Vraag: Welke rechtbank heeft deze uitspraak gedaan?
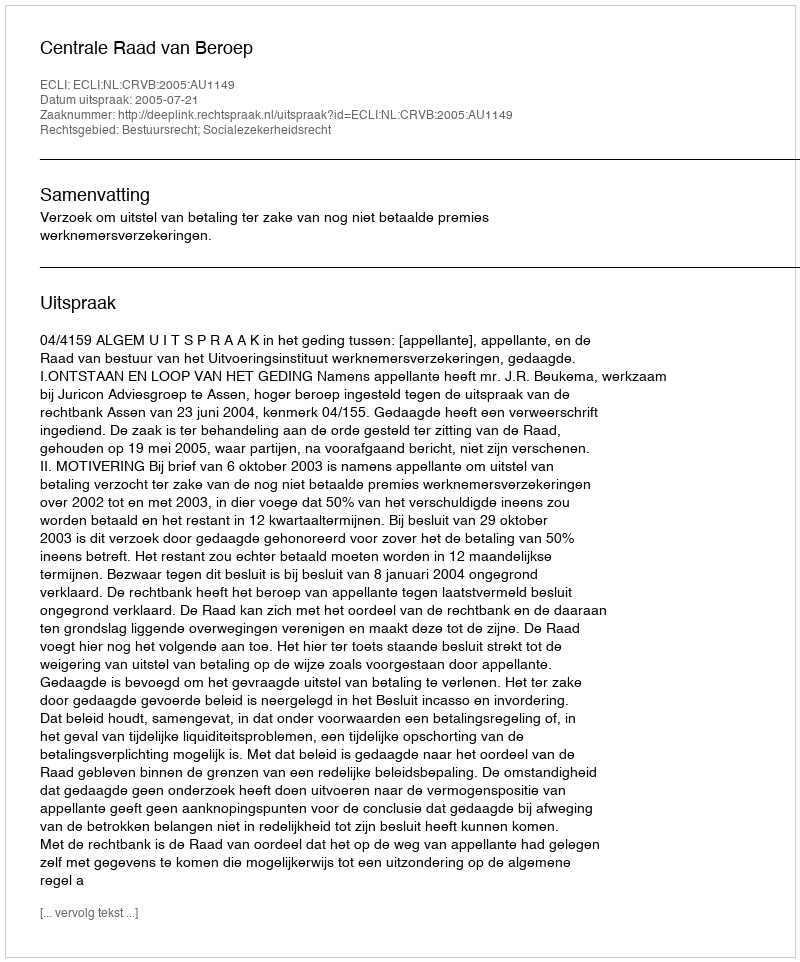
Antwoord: Centrale Raad van Beroep